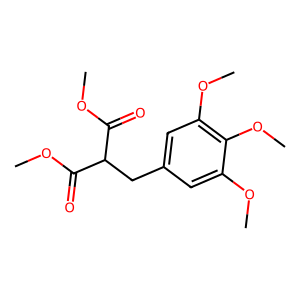
SMILES: COC(=O)C(Cc1cc(OC)c(OC)c(OC)c1)C(=O)OC
Inhibits HIV replication: No